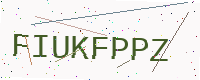
Text: FIUKFPPZ